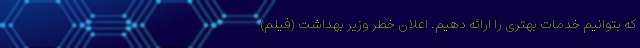
که بتوانیم خدمات بهتری را ارائه دهیم. اعلان خطر وزیر بهداشت (فیلم)